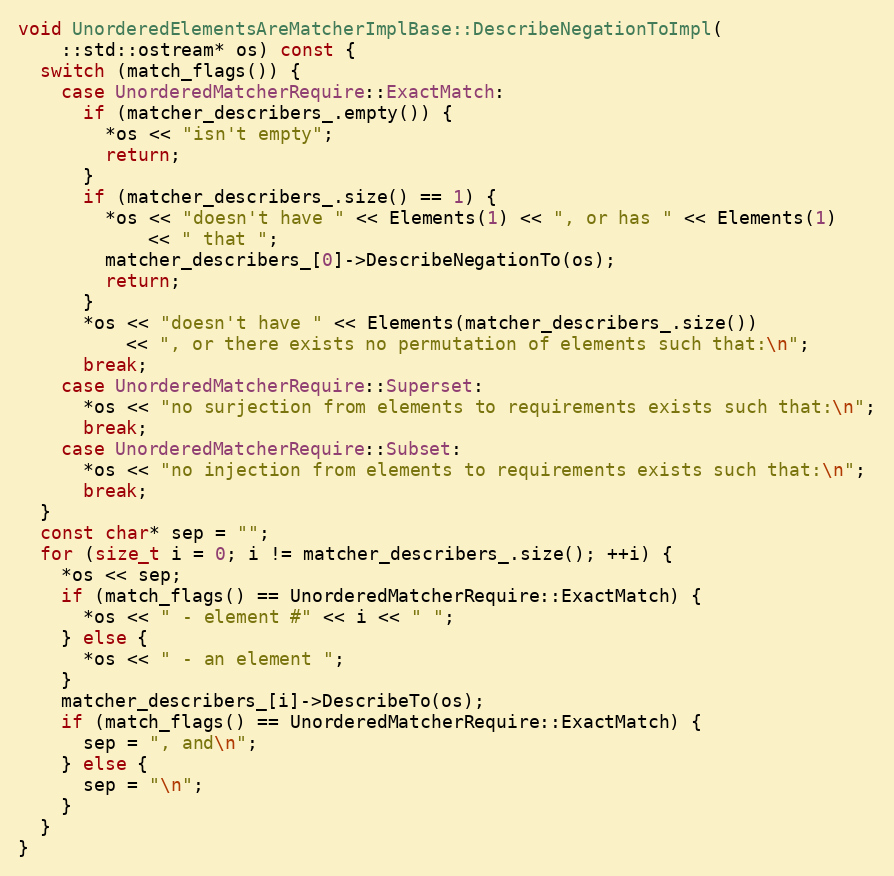
Language: C++
void UnorderedElementsAreMatcherImplBase::DescribeNegationToImpl(
    ::std::ostream* os) const {
  switch (match_flags()) {
    case UnorderedMatcherRequire::ExactMatch:
      if (matcher_describers_.empty()) {
        *os << "isn't empty";
        return;
      }
      if (matcher_describers_.size() == 1) {
        *os << "doesn't have " << Elements(1) << ", or has " << Elements(1)
            << " that ";
        matcher_describers_[0]->DescribeNegationTo(os);
        return;
      }
      *os << "doesn't have " << Elements(matcher_describers_.size())
          << ", or there exists no permutation of elements such that:\n";
      break;
    case UnorderedMatcherRequire::Superset:
      *os << "no surjection from elements to requirements exists such that:\n";
      break;
    case UnorderedMatcherRequire::Subset:
      *os << "no injection from elements to requirements exists such that:\n";
      break;
  }
  const char* sep = "";
  for (size_t i = 0; i != matcher_describers_.size(); ++i) {
    *os << sep;
    if (match_flags() == UnorderedMatcherRequire::ExactMatch) {
      *os << " - element #" << i << " ";
    } else {
      *os << " - an element ";
    }
    matcher_describers_[i]->DescribeTo(os);
    if (match_flags() == UnorderedMatcherRequire::ExactMatch) {
      sep = ", and\n";
    } else {
      sep = "\n";
    }
  }
}